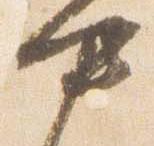
中